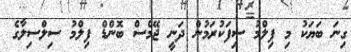
ގިނަ ބަޔަކު މި ފިލްމު ސިފަކުރަމުން ދަނީ ޖޭމްސް ބޮންޑް ފިލްމު ސިލްސިލާގެ